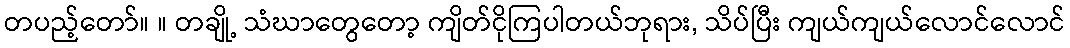
တပည့်တော်။ ။ တချို့ သံဃာတွေတော့ ကျိတ်ငိုကြပါတယ်ဘုရား, သိပ်ပြီး ကျယ်ကျယ်လောင်လောင်